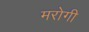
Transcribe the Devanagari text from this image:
मरोगी